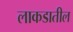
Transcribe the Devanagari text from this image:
लाकडातील